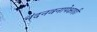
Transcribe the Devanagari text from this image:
नंदनवनापेक्षाही